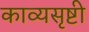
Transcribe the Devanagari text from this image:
काव्यसृष्टी